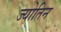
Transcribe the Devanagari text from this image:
ज्योतिन